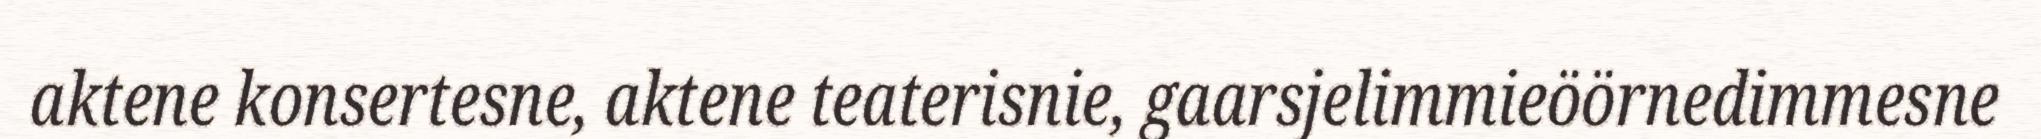
aktene konsertesne, aktene teaterisnie, gaarsjelimmieöörnedimmesne